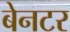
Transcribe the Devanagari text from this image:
बेनटर